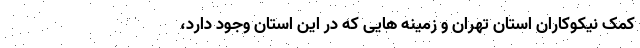
کمک نیکوکاران استان تهران و زمینه هایی که در این استان وجود دارد،